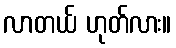
လာတယ် ဟုတ်လား။